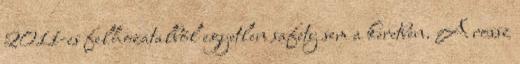
2011-es felhozatalból egyetlen safety sem a keretben. A rossz